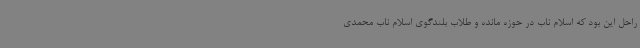
راحل این بود که اسلام ناب در حوزه مانده و طلاب بلندگوی اسلام ناب محمدی